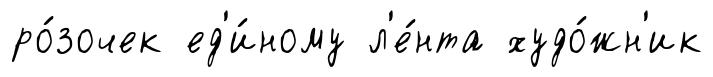
ро́зочек ед'и́ному л'е́нта худо́жн'ик